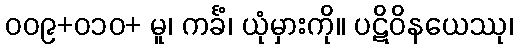
၀၀၉+၀၁၀+ မူ၊ ကင်္ခံ၊ ယုံမှားကို။ ပဋိဝိနယေဿု၊